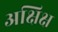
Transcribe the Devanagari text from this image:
अक्षिक्ष